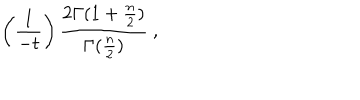
\left( { \frac { 1 } { - t } } \right) { \frac { 2 \Gamma ( 1 + { \frac { n } { 2 } } ) } { \Gamma ( { \frac { n } { 2 } } ) } } ~ ,